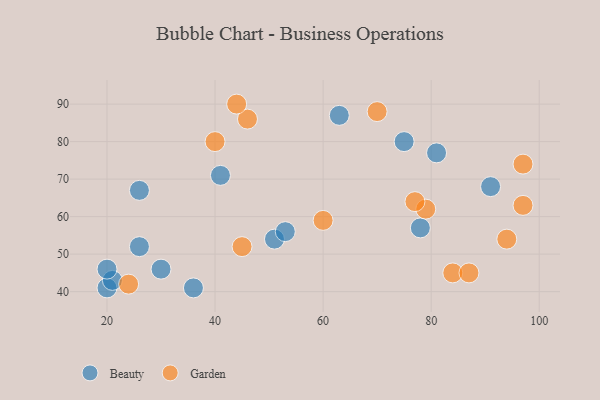
{"axis": {"x": "GDP", "y": "Life Expectancy"}, "legend": ["Beauty", "Garden"], "data": [{"x": "20", "y": 41, "type": "Beauty"}, {"x": "81", "y": 77, "type": "Beauty"}, {"x": "26", "y": 67, "type": "Beauty"}, {"x": "75", "y": 80, "type": "Beauty"}, {"x": "21", "y": 43, "type": "Beauty"}, {"x": "30", "y": 46, "type": "Beauty"}, {"x": "20", "y": 46, "type": "Beauty"}, {"x": "78", "y": 57, "type": "Beauty"}, {"x": "26", "y": 52, "type": "Beauty"}, {"x": "51", "y": 54, "type": "Beauty"}, {"x": "63", "y": 87, "type": "Beauty"}, {"x": "91", "y": 68, "type": "Beauty"}, {"x": "36", "y": 41, "type": "Beauty"}, {"x": "41", "y": 71, "type": "Beauty"}, {"x": "53", "y": 56, "type": "Beauty"}, {"x": "97", "y": 74, "type": "Garden"}, {"x": "79", "y": 62, "type": "Garden"}, {"x": "84", "y": 45, "type": "Garden"}, {"x": "45", "y": 52, "type": "Garden"}, {"x": "97", "y": 63, "type": "Garden"}, {"x": "77", "y": 64, "type": "Garden"}, {"x": "46", "y": 86, "type": "Garden"}, {"x": "94", "y": 54, "type": "Garden"}, {"x": "60", "y": 59, "type": "Garden"}, {"x": "40", "y": 80, "type": "Garden"}, {"x": "70", "y": 88, "type": "Garden"}, {"x": "44", "y": 90, "type": "Garden"}, {"x": "24", "y": 42, "type": "Garden"}, {"x": "87", "y": 45, "type": "Garden"}]}